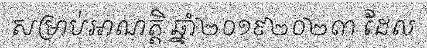
សម្រាប់អាណត្តិ ឆ្នាំ២០១៩២០២៣ ដែល